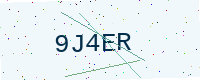
Text: 9J4ER